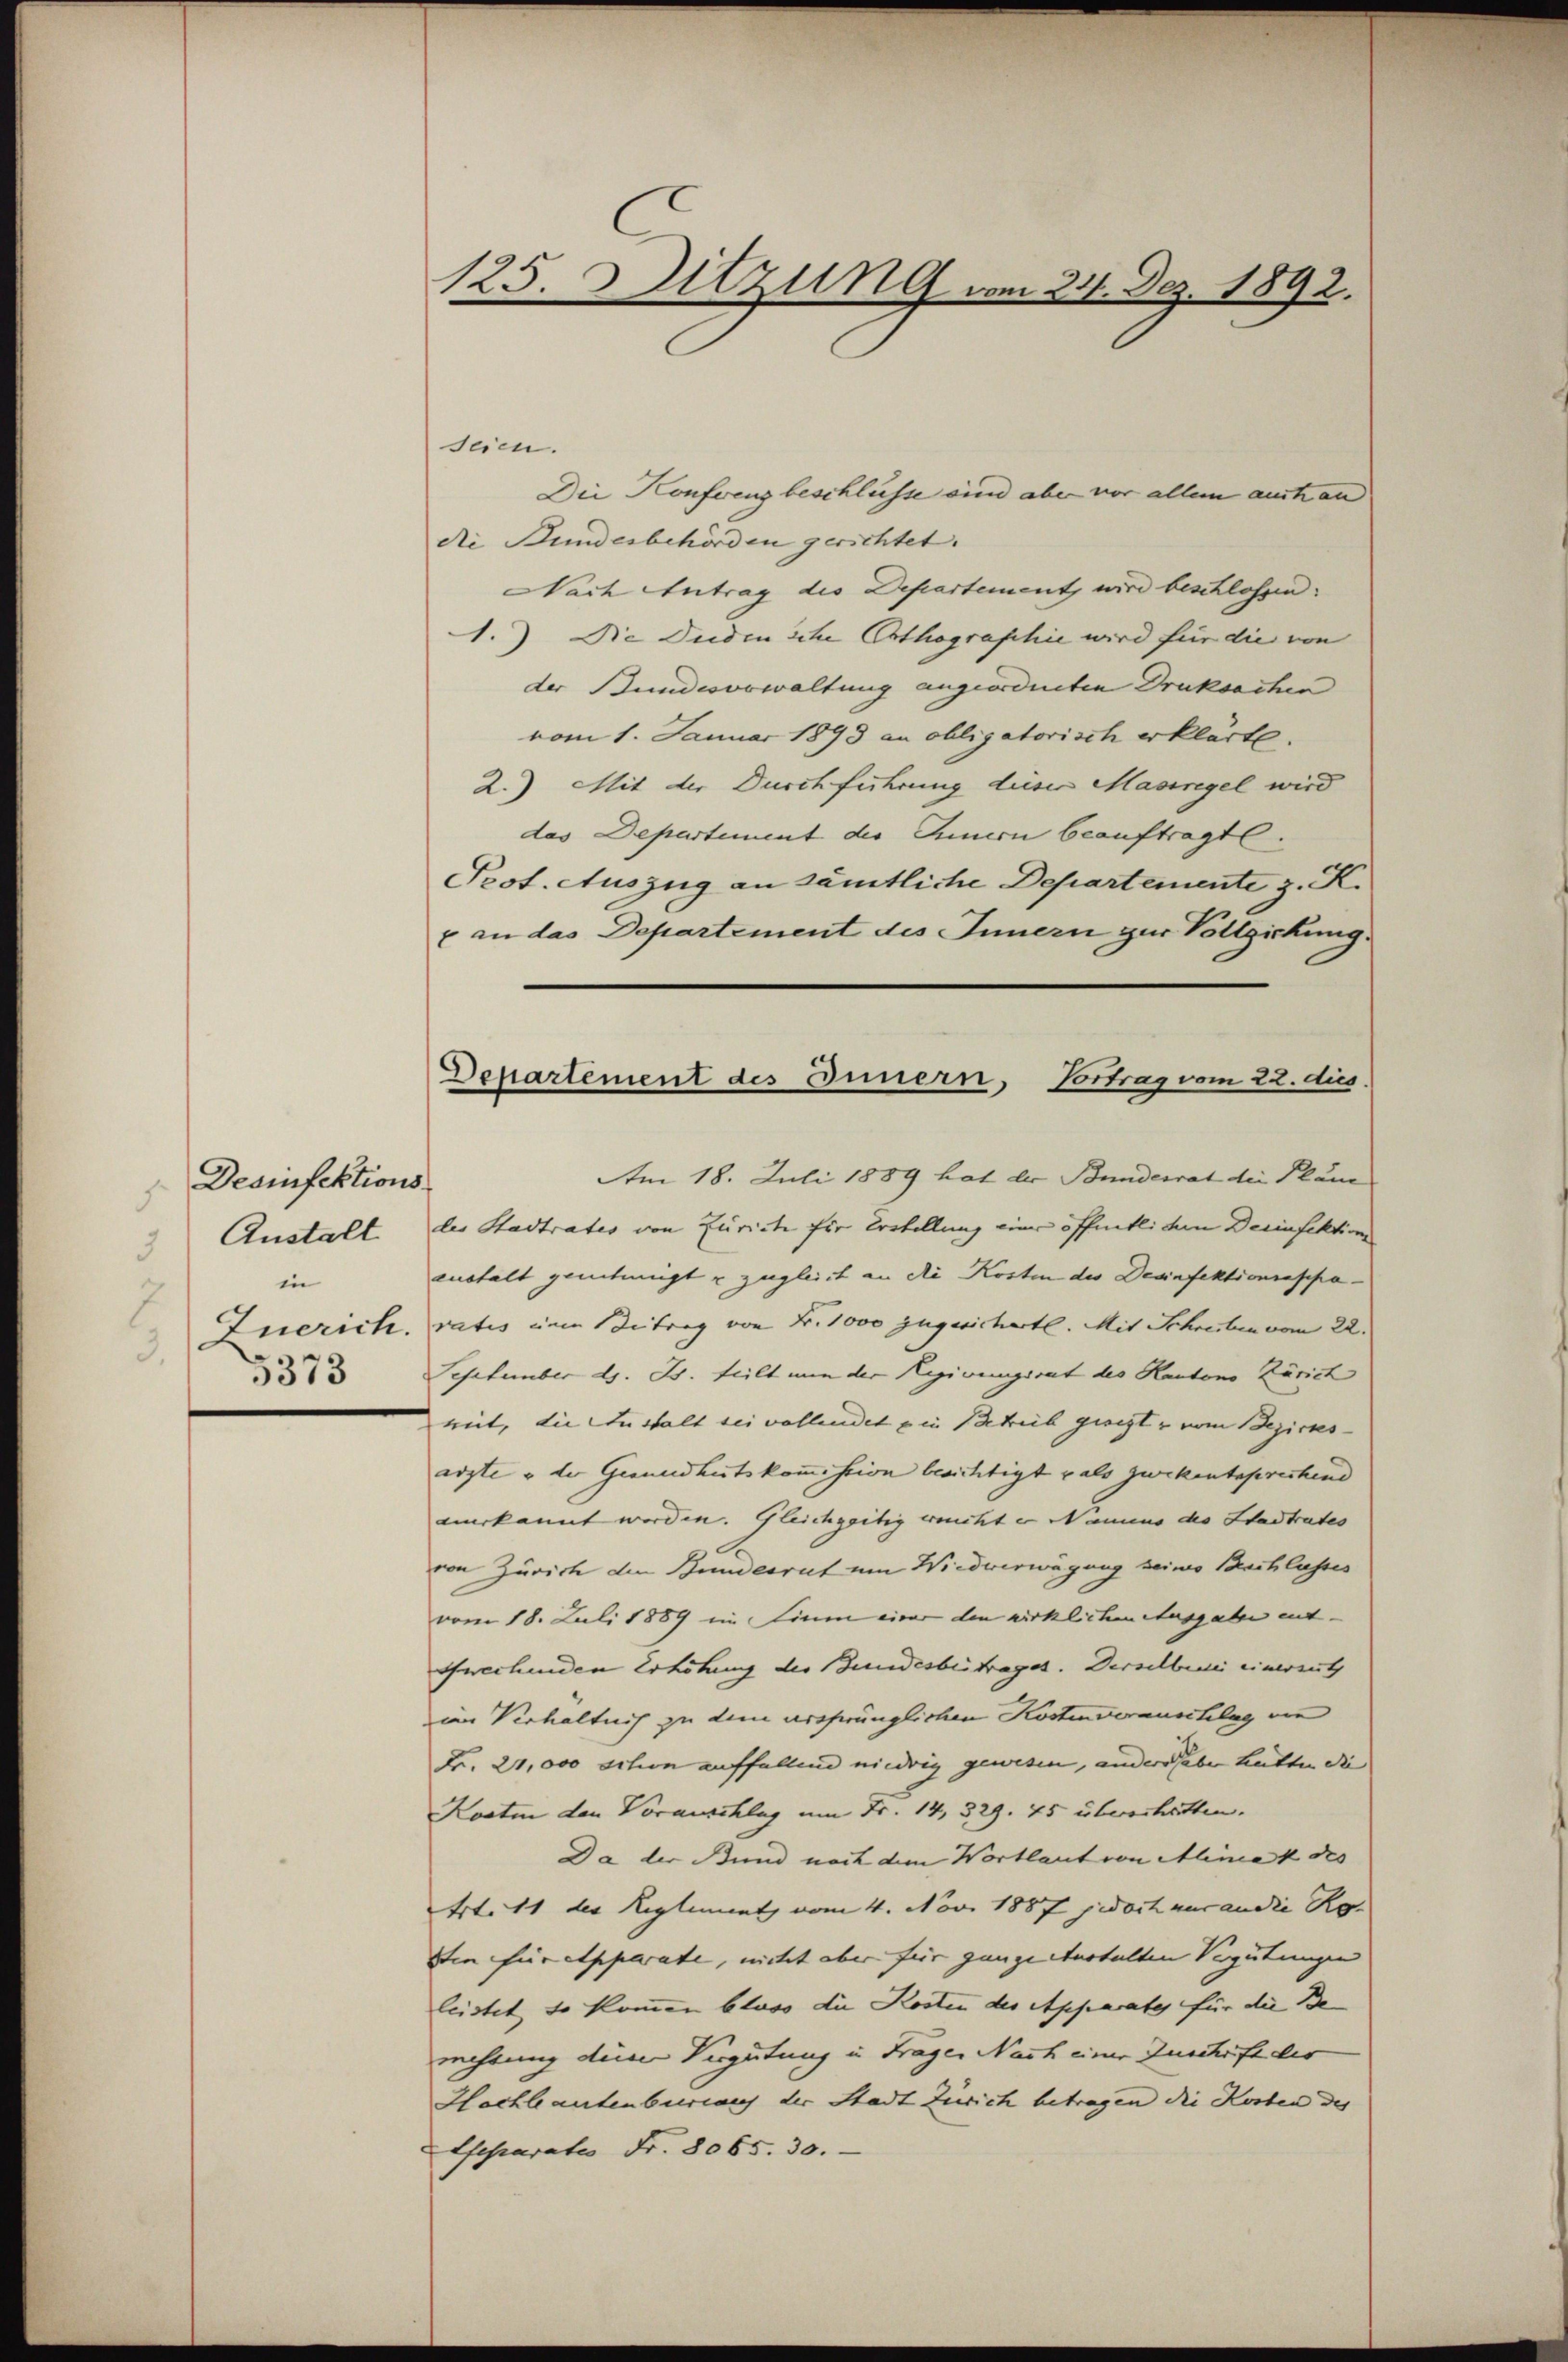
Desinfektions.
.
3 Anstalt
in
7
Zuerich.
3.

125. Sitzung vom 24. Dez. 1892.

Departement des Innern, Vortrag vom 22. dus.

seien.
Die Konferenz beschlüsse sind aber vor allem auch an
die Bundesbehörden gerichtet. |
Nach Antrag die Departement wird beschlossen:
A.) Die Juden sche Orthographie wird für die von
der Bundesorwaltung angeordneten Druksachen
vom 1. Januar 1893 an obligatorisch erklärte.
2.) Mit der Durchführung dieser Massregel wird
das Departement der Innern beauftragte.
Prot. Auszug an sämtliche Departemente z. K.
x an das Departement des Innern zur Vollgichung.
Am 18. Juli 1889 hat der Bundesrat die Plän
des Stadtrates von Eurich für Erstellung einer öffentlichen Decinfektions
austalt genehmigt u zugleich an die Kosten der Desinfektionsappa-
vatis einen Betrag von Fr. 1000 zugesicherte. Mit Schreiben vom 22.
3 September d. Js. teilt nun der Regirungsrat des Kantons Zürich
mit, die Anstalt sei vollendet u in Betrieb gesiegt u vom Bezirks-
erzte u der Grundheitskommission berichtigt als zwekentsprechend
verkannt worden. Gleichzeitig wicht er Nanius des Stadtrates
von Zürich den Bundesrat um Wiederwägung seine Beschlusses
vom 18. Juli 1889 im Sinn einer den wirklichen Ausgabe ent-
swechenden Erhöhung des Bundesbeitrages. Derselben einmauth
im Verhältnis zu dem ursprünglichen Kostenverauschlag die
Fr. 21,000 schon auffallend niedrig gewesen, anders aber hatten die
Kosten den Vorauschlag um Fr. 14, 329. 75 übererhätten.
Da der Bund nach dem Wortlaut von Alinek des |
Art. 11 des Reglement vom 4. Nov. 1887 jedoch nur an die Re
dten für apparate, mitet aber für ganzeitestalten Vergütungen |
leistet, so kommen bloss die Kosten des Apparates für die Be-
rechtung der Vergütung in Fragen Nach einer Zuschrift der
Hachlautenbergang der Stadt Zürich betragen die Kosten des
Eseparates Fr. 8065. 30.